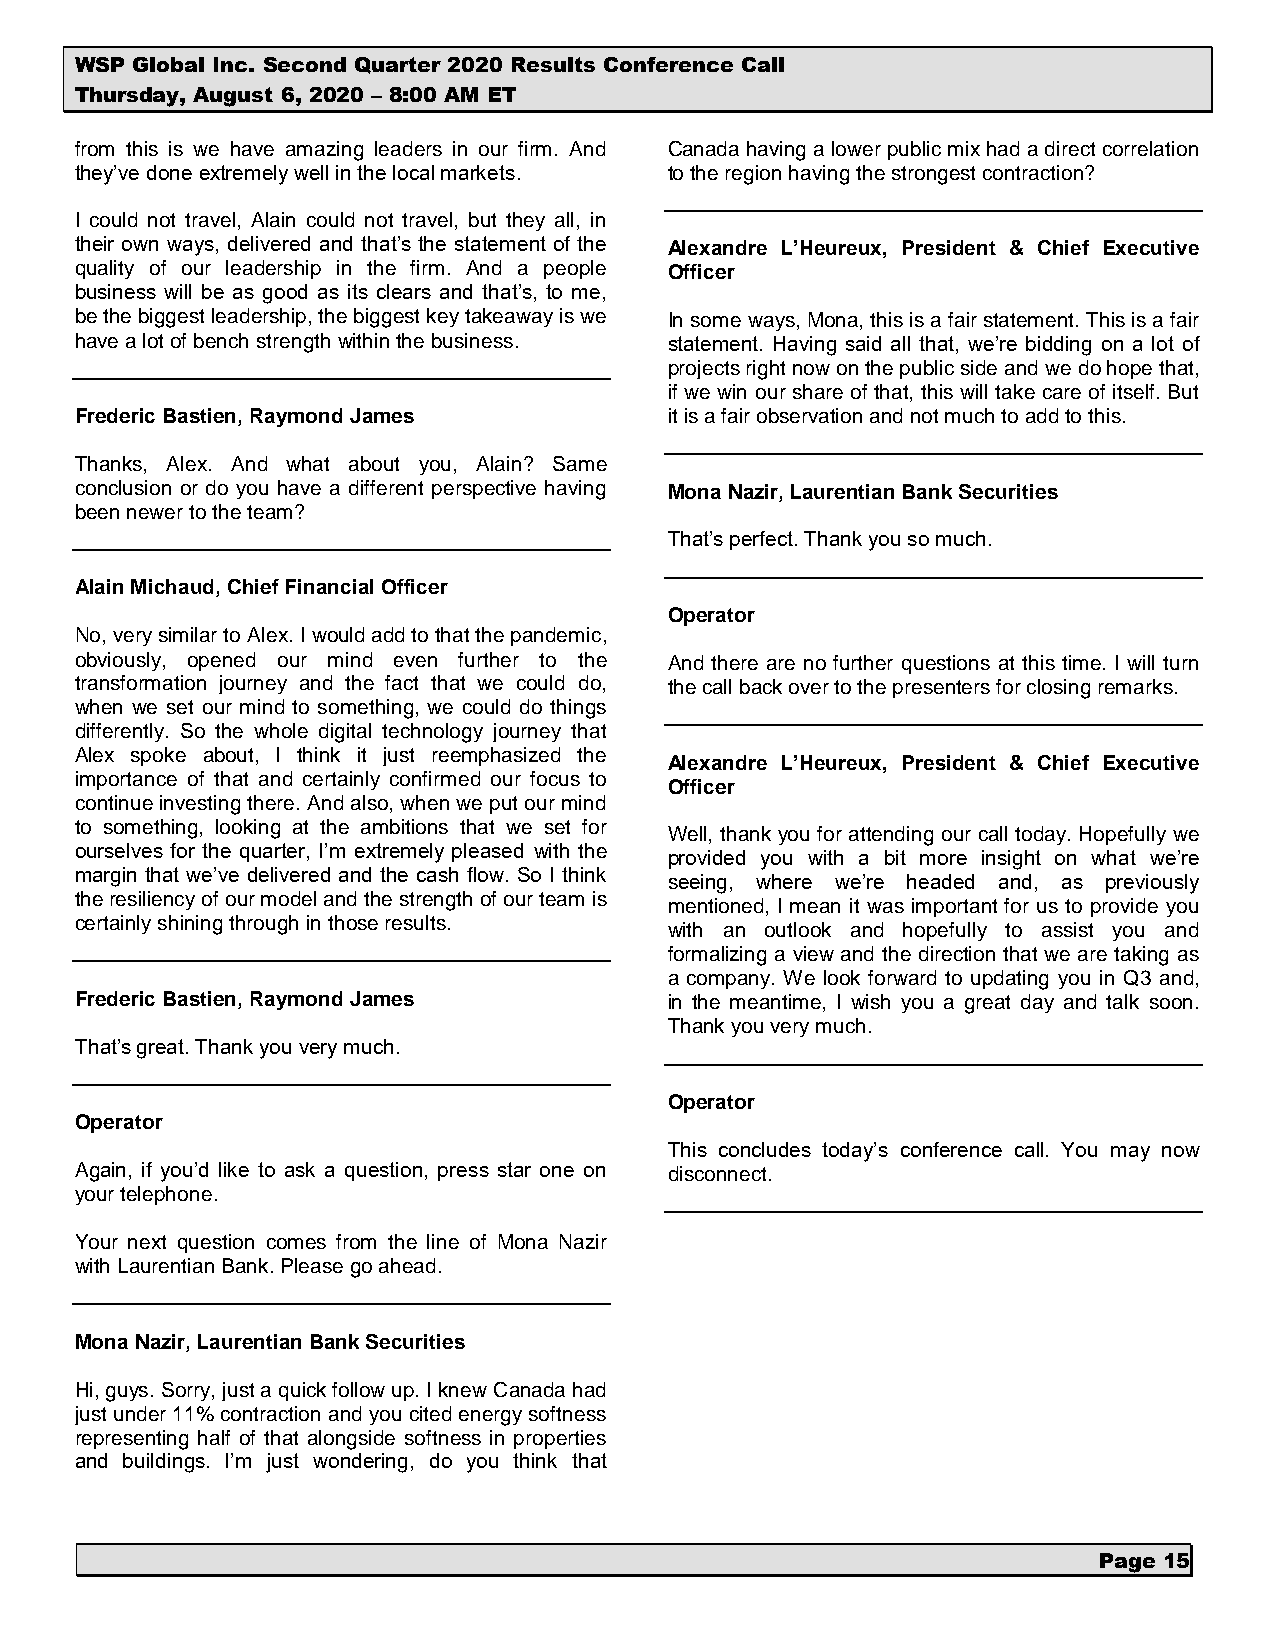
WSP Global Inc. Second Quarter 2020 Results Conference Call
 Thursday, August 6, 2020 – 8:00 AM ET
 from this is we have amazing leaders in our firm. And Canada having a lower public mix had a direct correlation
 they’ve done extremely well in the local markets. to the region having the strongest contraction?
 I could not travel, Alain could not travel, but they all, in
 their own ways, delivered and that’s the statement of the Alexandre L’Heureux, President & Chief Executive
 quality of our leadership in the firm. And a people Officer
 business will be as good as its clears and that’s, to me,
 be the biggest leadership, the biggest key takeaway is we In some ways, Mona, this is a fair statement. This is a fair
 have a lot of bench strength within the business. statement. Having said all that, we’re bidding on a lot of
 projects right now on the public side and we do hope that,
 if we win our share of that, this will take care of itself. But
 Frederic Bastien, Raymond James        it is a fair observation and not much to add to this.
 Thanks, Alex. And what about you, Alain? Same
 conclusion or do you have a different perspective having Mona Nazir, Laurentian Bank Securities
 been newer to the team?
 That’s perfect. Thank you so much.
 Alain Michaud, Chief Financial Officer
 Operator
 No, very similar to Alex. I would add to that the pandemic,
 obviously, opened our mind even further to the And there are no further questions at this time. I will turn
 transformation journey and the fact that we could do, the call back over to the presenters for closing remarks.
 when we set our mind to something, we could do things
 differently. So the whole digital technology journey that
 Alex spoke about, I think it just reemphasized the
 Alexandre L’Heureux, President & Chief Executive
 importance of that and certainly confirmed our focus to
 Officer
 continue investing there. And also, when we put our mind
 to something, looking at the ambitions that we set for
 Well, thank you for attending our call today. Hopefully we
 ourselves for the quarter, I’m extremely pleased with the
 provided you with a bit more insight on what we’re
 margin that we’ve delivered and the cash flow. So I think
 seeing, where we’re headed and, as previously
 the resiliency of our model and the strength of our team is
 mentioned, I mean it was important for us to provide you
 certainly shining through in those results.
 with an outlook and hopefully to assist you and
 formalizing a view and the direction that we are taking as
 a company. We look forward to updating you in Q3 and,
 Frederic Bastien, Raymond James        in the meantime, I wish you a great day and talk soon.
 Thank you very much.
 That’s great. Thank you very much.
 Operator
 Operator
 This concludes today’s conference call. You may now
 Again, if you’d like to ask a question, press star one on disconnect.
 your telephone.
 Your next question comes from the line of Mona Nazir
 with Laurentian Bank. Please go ahead.
 Mona Nazir, Laurentian Bank Securities
 Hi, guys. Sorry, just a quick follow up. I knew Canada had
 just under 11% contraction and you cited energy softness
 representing half of that alongside softness in properties
 and buildings. I’m just wondering, do you think that
 Page 15